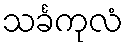
သင်္ခကုလံ